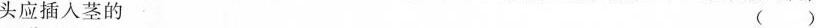
头应插入茎的 ( )